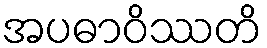
အပဓာဝိဿတိ